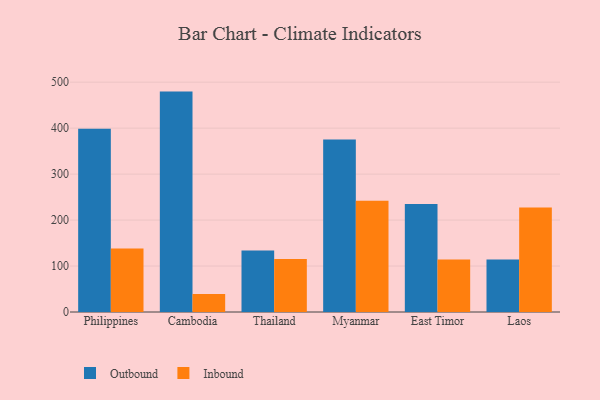
{"axis": {"x": "Country", "y": "Active Users"}, "legend": ["Inbound", "Outbound"], "data": [{"x": "Philippines", "y": 398.6, "type": "Outbound"}, {"x": "Philippines", "y": 138.0, "type": "Inbound"}, {"x": "Cambodia", "y": 479.5, "type": "Outbound"}, {"x": "Cambodia", "y": 39.2, "type": "Inbound"}, {"x": "Thailand", "y": 134.0, "type": "Outbound"}, {"x": "Thailand", "y": 115.2, "type": "Inbound"}, {"x": "Myanmar", "y": 375.1, "type": "Outbound"}, {"x": "Myanmar", "y": 241.9, "type": "Inbound"}, {"x": "East Timor", "y": 234.9, "type": "Outbound"}, {"x": "East Timor", "y": 114.3, "type": "Inbound"}, {"x": "Laos", "y": 114.2, "type": "Outbound"}, {"x": "Laos", "y": 227.1, "type": "Inbound"}]}